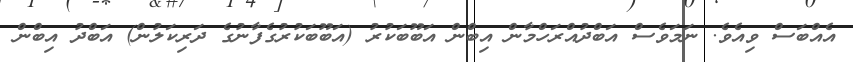
އެއްބަސް ވިއެވެ. ނަމަވެސް އަބްދުއްރަހްމާން އިބްން އަބޫބަކުރު (އަބޫބަކުރުގެފާނުގެ ދަރިކަލުން) އަބްދު އިބްން